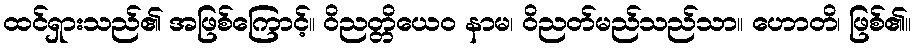
ထင်ရှားသည်၏ အဖြစ်ကြောင့်။ ဝိညတ္တိယေဝ နာမ၊ ဝိညတ်မည်သည်သာ။ ဟောတိ၊ ဖြစ်၏။